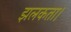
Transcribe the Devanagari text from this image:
झलकता।